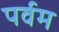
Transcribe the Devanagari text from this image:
पर्वम